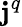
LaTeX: {\mathbf{j}}^{q}